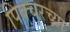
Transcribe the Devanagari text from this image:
पिक्चरच्या